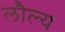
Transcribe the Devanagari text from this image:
लौल्य